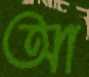
আ